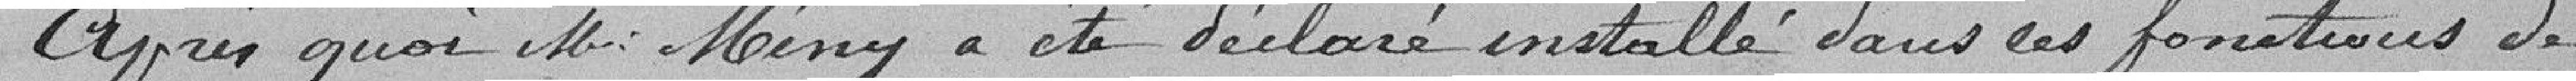
Après quoi Monsieur Mény a été déclaré installé dans ses fonctions de